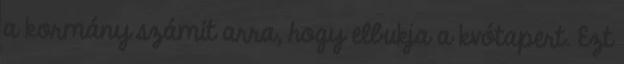
a kormány számít arra, hogy elbukja a kvótapert. Ezt